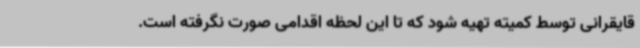
قایقرانی توسط کمیته تهیه شود که تا این لحظه اقدامی صورت نگرفته است.